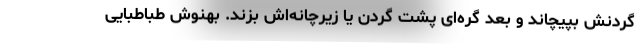
گردنش بپیچاند و بعد گره‌ای پشت گردن یا زیرچانه‌اش بزند. بهنوش طباطبایی